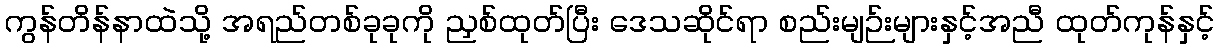
ကွန်တိန်နာထဲသို့ အရည်တစ်ခုခုကို ညှစ်ထုတ်ပြီး ဒေသဆိုင်ရာ စည်းမျဉ်းများနှင့်အညီ ထုတ်ကုန်နှင့်